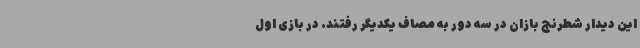
این دیدار شطرنج بازان در سه دور به مصاف یکدیگر رفتند. در بازی اول